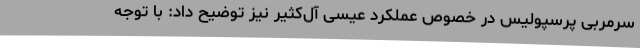
سرمربی پرسپولیس در خصوص عملکرد عیسی آل‌کثیر نیز توضیح داد: با توجه